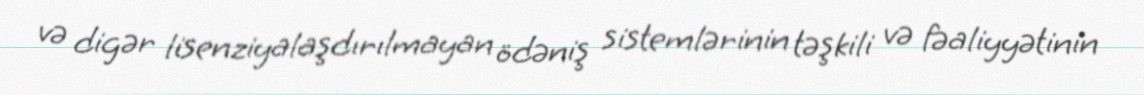
və digər lisenziyalaşdırılmayan ödəniş sistemlərinin təşkili və fəaliyyətinin